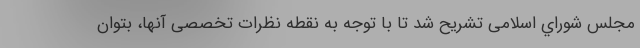
مجلس شوراي اسلامی تشریح شد تا با توجه به نقطه نظرات تخصصی آنها، بتوان